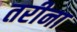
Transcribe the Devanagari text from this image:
तरीना